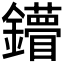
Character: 𨯠